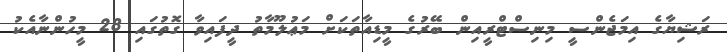
ރަޝިޔާގެ އިމަޖެންސީ މިނިސްޓްރީއިން ބޭރުގެ މީޑިއާތަކަށް މަޢުލޫމާތު ދީފައިވާ ގޮތުގައި 28 މީހުންނާއެކު